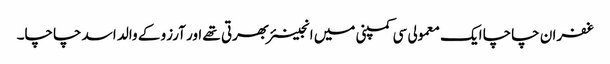
غفران چاچا ایک معمولی سی کمپنی میں انجینئر بھرتی تھے اور آرزو کے والد اسد چاچا۔